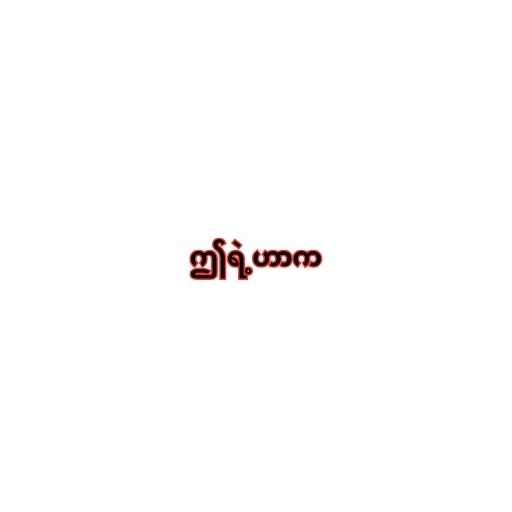
ဤရဲ့ဟာက